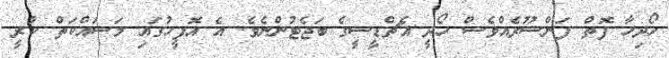
ހޯދިހާ ފޮތް ފަންސޫރެއްވެސް ހޯދީ އެޗްޑީސީގެ ބަޖެޓުންނެވެ. އެ އޮފީހުގައި މަސައްކަތް ކުރީ